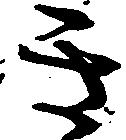
き